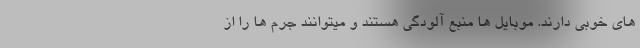
های خوبی دارند. موبایل ها منبع آلودگی هستند و میتوانند جرم ها را از